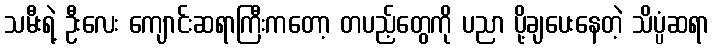
သမီးရဲ့ ဦးလေး ကျောင်းဆရာကြီးကတော့ တပည့်တွေကို ပညာ ပို့ချပေးနေတဲ့ သိပ္ပံဆရာ